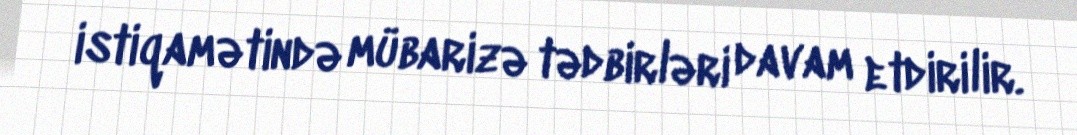
istiqamətində mübarizə tədbirləri davam etdirilir.